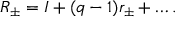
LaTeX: R _ { \pm } = I + ( q - 1 ) r _ { \pm } + \dots .